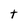
Character: t